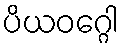
ပိယဝဂ္ဂေါ